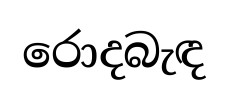
රොදබැඳ